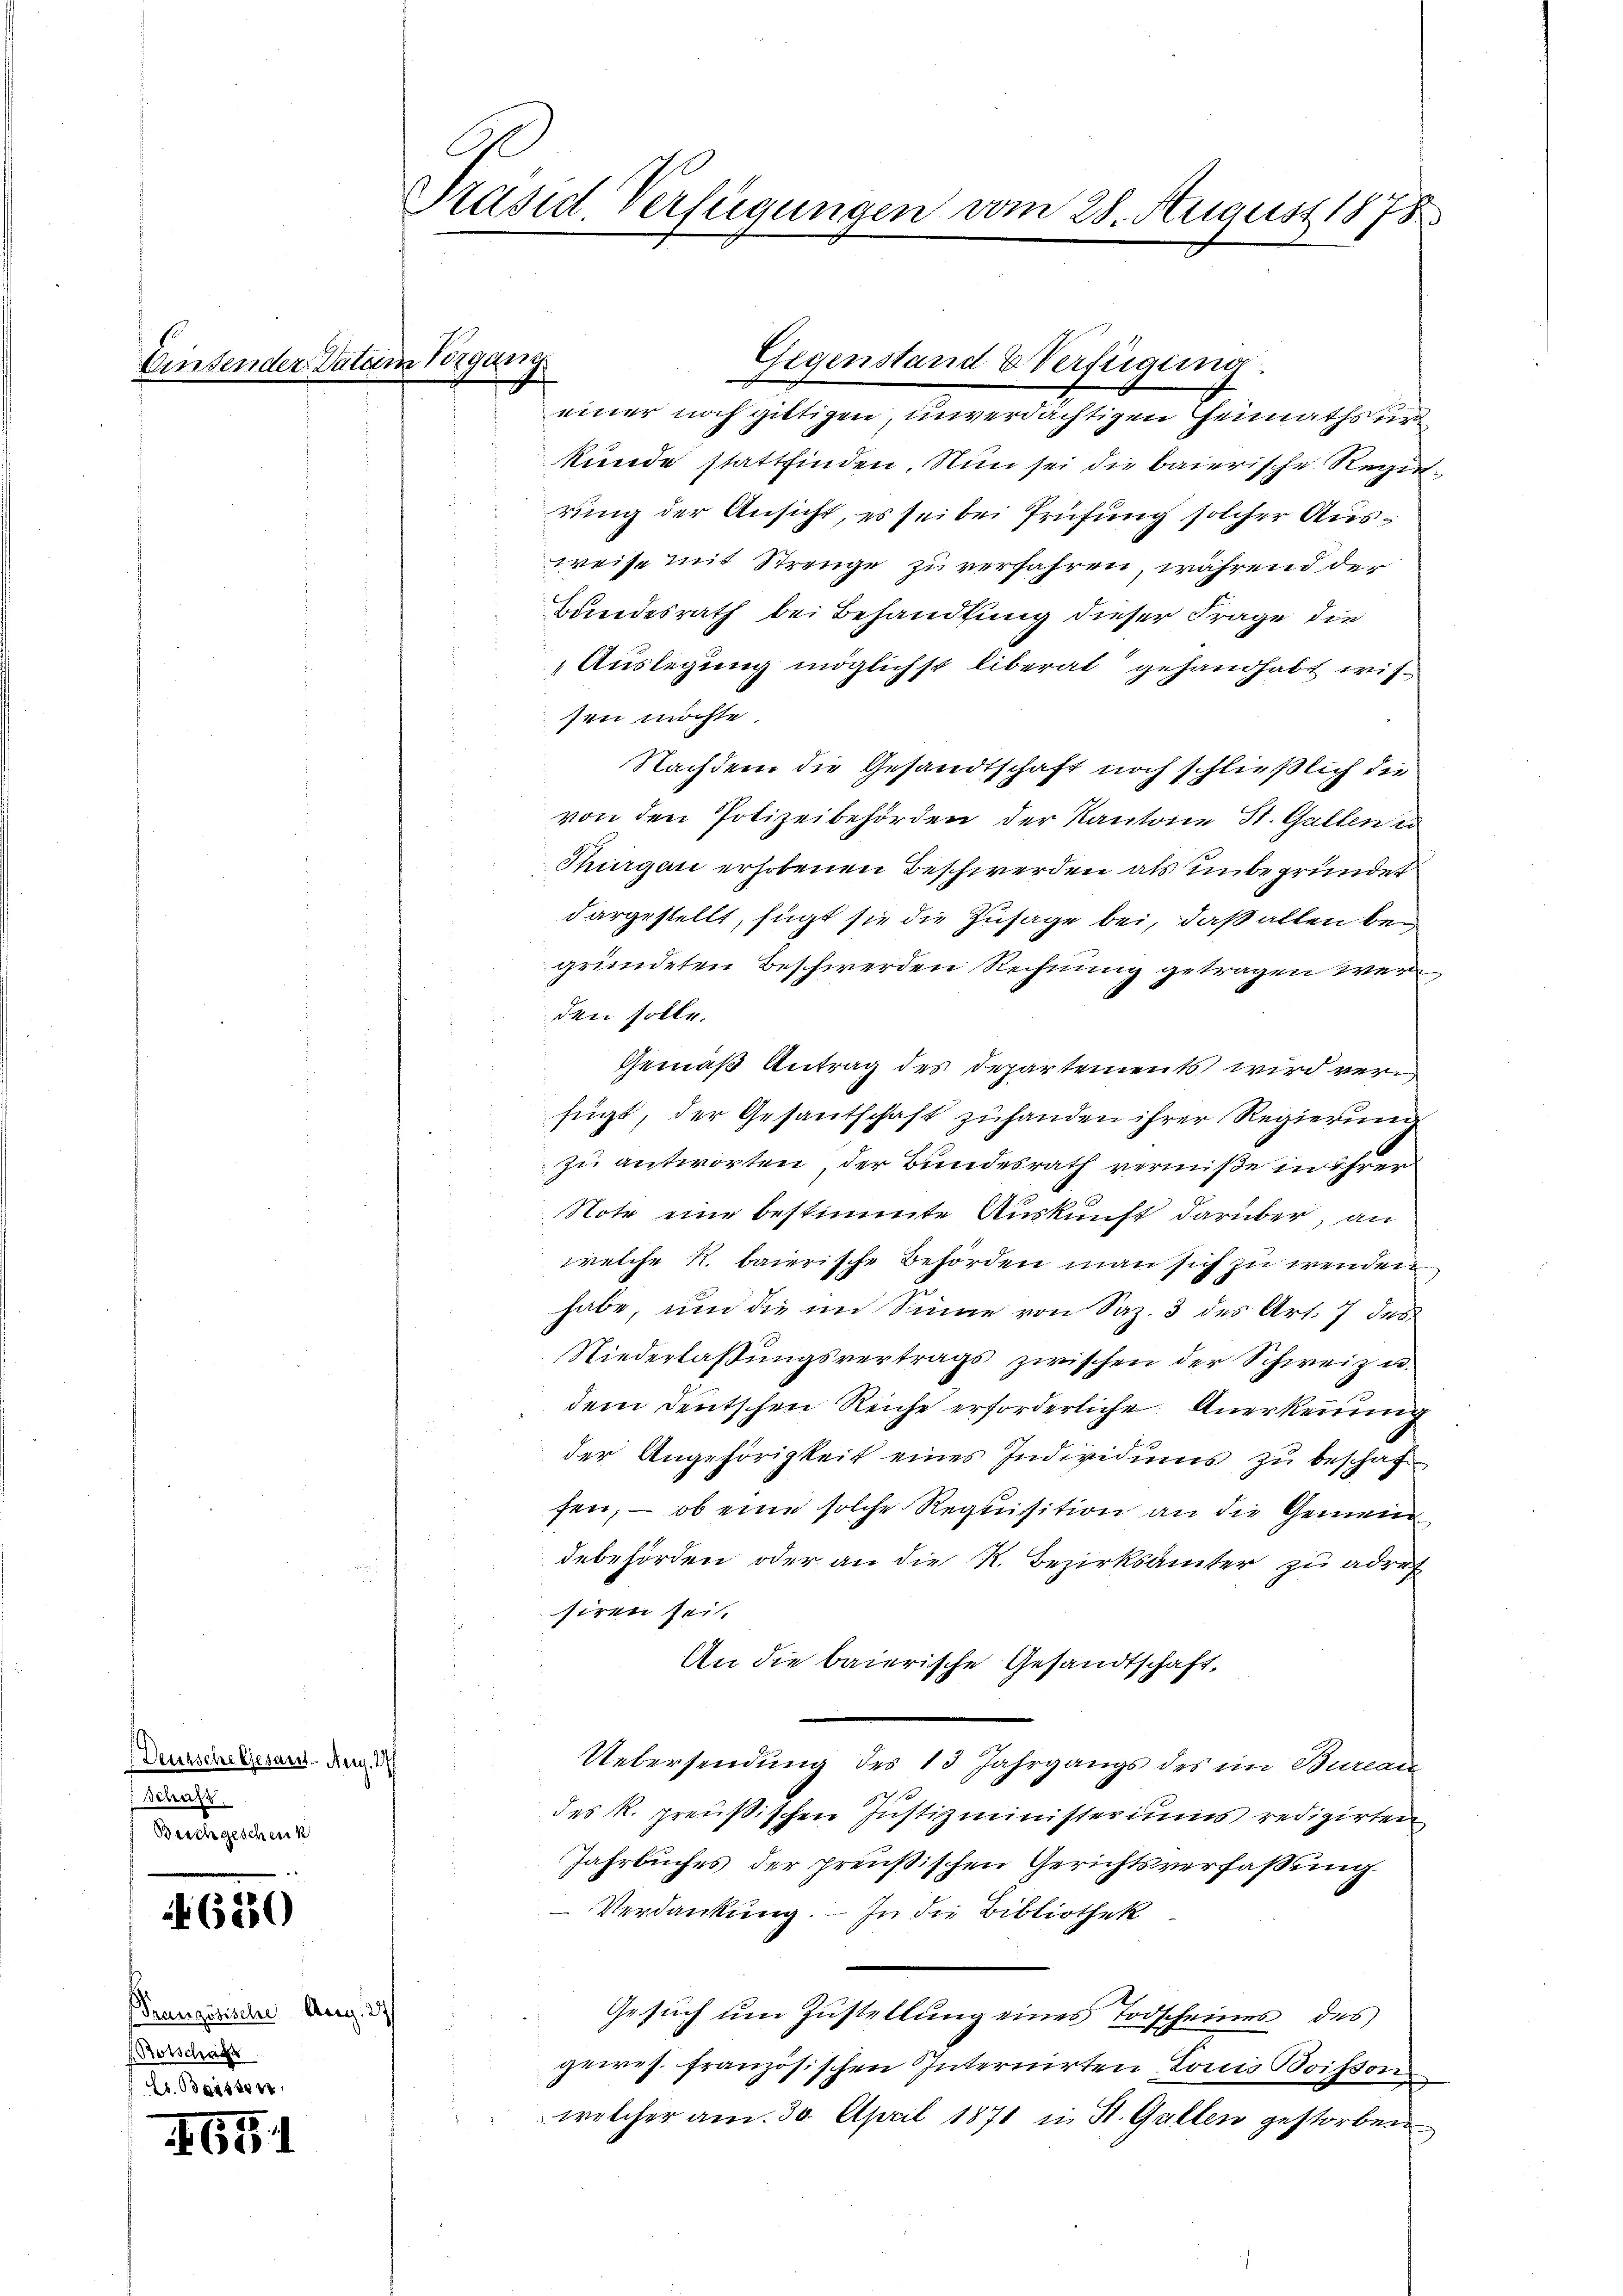
ben

Deutschelsesant. Aug. 17
dcrufs
Beichgeschenk

6850

Branzösische Aug. 27
Botschaft
Es. Beisten

1651

Präsid. Verfügungen vom 28. August 1878

einer noch giltigen, unverdächtigen Heimaths und
kunde stattfinden. Nun sei die baierische Regie
rung der Ansicht, es sei bei Prüfung solcher Ausweise mit Strenge zu verfahren, während der
Bundesrath bei Behandlung dieser Frage die
Auslegung möglichst liberat gehandhabt wissen möchte
Nachdem die Gesandtschaft noch schließlich die
von den Polizeibehörden der Kantone St. Gallen er
Thurgau erhobenen Beschwerden als unbegründet
dargestellt, fügt sie die Zusage bei, daß allen bei
gründeten Beschwerden Rechnung getragen werden solle.
Gemäß Antrag des Departements wird ver
fügt, der Gesantschaft zuhanden ihrer Regierung
zu antworten, der Bundesrath verniße in ihrer
Note eine bestimmte Auskunft darüber, an
welche R. baierische Behörden man sich zu wenden
u
habe, und die im Sinne von Saz. 3 des Art. 7 des
Niederlaßungsvertrags zwischen der Schweiz u.
dem Deutschen Reiche erforderliche Anerkennung
der Angehörigkeit eines Individums zu beschaft
fen; – ob eine solche Requisition an die Gemeindebehörden oder an die K. Bezirksamter zu adref
siren sei.
An die baierische Gesandtschaft,
Uebersendung des 13 Jahrgangs des im Bureau
des R. preußischen Justizministeriums redigirten
Jahrbuches der preußischen Gerichtsverfaßung
Verdankung. — In die Bibliothek
Gesuch um Zustellung eines Todscheines des
gewes. französischen Internirten Louis Boisson
welcher am 30. April 1871 in St. Gallen gestorben

Asperg

Gegenstand & Verfügung.

2